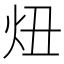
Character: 炄